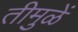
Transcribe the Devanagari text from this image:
तीमुळें